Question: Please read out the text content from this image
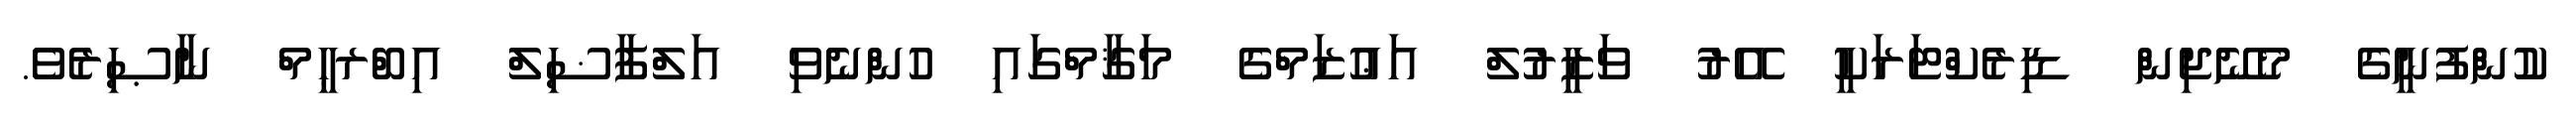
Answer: ކުންފުނީގެ މެނޭޖިން ޑިރެކްޓަރަކީ އޭރު ވަޒީރުލް އަޢުޒަމްގެ މަޤާމްގައި ހުންނެވި އަލްފާޟިލް އިބްރޙީމް ނާޞިރެވެ.